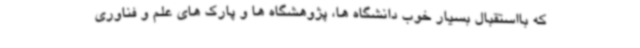
که بااستقبال بسیار خوب دانشگاه ها، پژوهشگاه ها و پارک های علم و فناوری